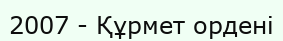
2007 - Құрмет ордені